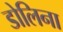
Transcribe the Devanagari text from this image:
डोलिना